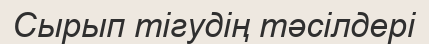
Сырып тігудің тәсілдері